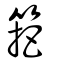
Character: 筢